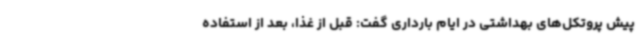
پیش پروتکل‌های بهداشتی در ایام بارداری گفت: قبل از غذا، بعد از استفاده